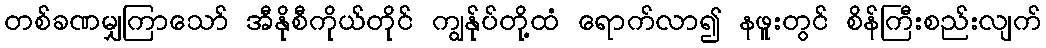
တစ်ခဏမျှကြာသော် အီနိုစီကိုယ်တိုင် ကျွန်ုပ်တို့ထံ ရောက်လာ၍ နဖူးတွင် စိန်ကြီးစည်းလျက်